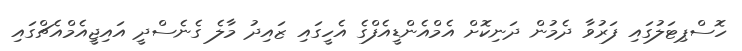
ހޮސްޕިޓަލުގައި ފަރުވާ ދެމުން ދަނިކޮށް އެމްއެންޑީއެފްގެ އެހީގައި ޒައިދު މާލެ ގެނެސްދީ އައިޖީއެމްއެޗްގައި